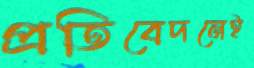
প্রতিবেদনেই